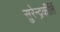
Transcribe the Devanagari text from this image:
सुरेन्द्रकीर्ति